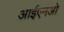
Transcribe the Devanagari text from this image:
आईएनओ